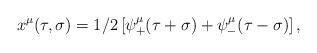
LaTeX: \begin{align*}x^{\mu}(\tau,\sigma)=1/2\left[\psi^{\mu}_+(\tau+\sigma)+\psi^{\mu}_-(\tau-\sigma)\right],\end{align*}